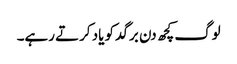
لوگ کچھ دن برگد کو یاد کرتے رہے۔